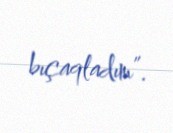
bıçaqladım”.